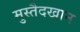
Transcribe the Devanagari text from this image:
मुस्तैदखान